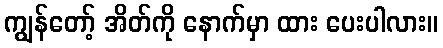
ကျွန်တော့် အိတ်ကို နောက်မှာ ထား ပေးပါလား။